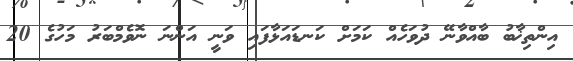
އިންތިޚާބު ބާއްވާނޭ ދުވަހެއް ކަމަށް ކަނޑައަޅާފައި ވަނީ އަންނަ ނޮވެމްބަރު މަހުގެ 20